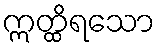
ဣတ္ထိရသော